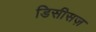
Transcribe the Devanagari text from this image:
डिसीसज़